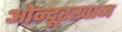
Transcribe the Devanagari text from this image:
ओन्दूरखान